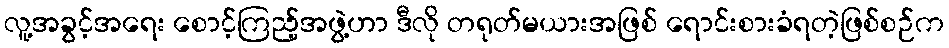
လူ့အခွင့်အရေး စောင့်ကြည့်အဖွဲ့ဟာ ဒီလို တရုတ်မယားအဖြစ် ရောင်းစားခံရတဲ့ဖြစ်စဉ်က